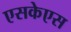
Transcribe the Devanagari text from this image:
एसकेएस